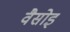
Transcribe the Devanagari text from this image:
वैसोइ